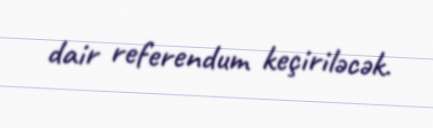
dair referendum keçiriləcək.